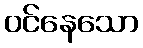
ဝင်နေသော